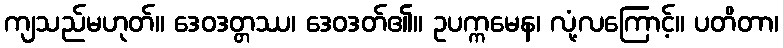
ကျသည်မဟုတ်။ ဒေဝဒတ္တဿ၊ ဒေဝဒတ်၏။ ဥပက္ကမေန၊ လုံ့လကြောင့်။ ပတိတာ၊